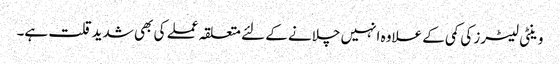
وینٹی لیٹرز کی کمی کے علاوہ انہیں چلانے کے لئے متعلقہ عملے کی بھی شدیدقلت ہے۔